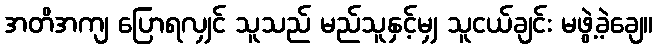
အတိအကျ ပြောရလျှင် သူသည် မည်သူနှင့်မျှ သူငယ်ချင်း မဖွဲ့ခဲ့ချေ။